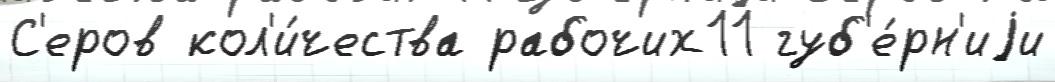
С'еров кол'и́чества рабочих11 губ'е́рн'иjи